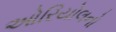
ઓરિયોલનો